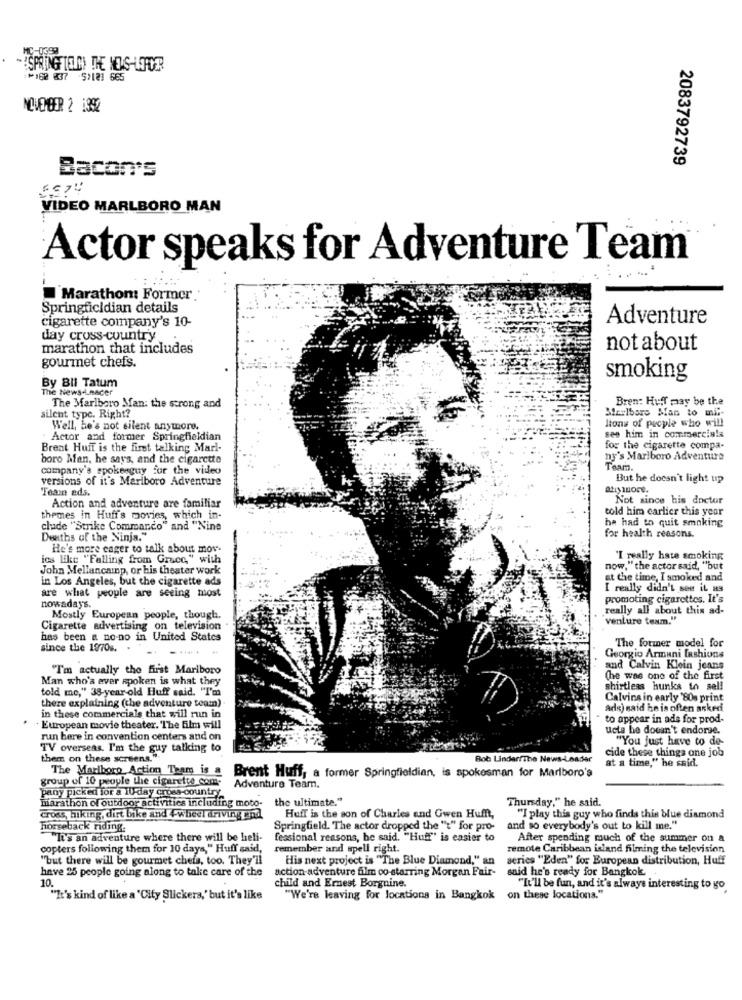
₱168 237
5)121 665
NOVEMBER 2 1392
2083792739
Bacon's
VIDEO MARLBORO MAN
Actor speaks for Adventure Team
Marathon: Former
Springficidian details
cigarette company's 10-
Adventure
day cross-country
marathon that includes
not about
gourmet chefs.
By Bli Tatum
smoking
The News-Lnacer
Bren: Huff may be the
The Marlboro Man: the strong and
Maulbars Man to mil-
silent type. Right?
lions of people who will
Well, he's not silent anymore.
Actor and former Springfieldian
see him in commercials
Brent Huff is the first talking Marl-
for the cigarette compa-
boro Man. he says, and the cigarette
ny's Marlboro Adventure
company's spokesguy for the video
Team.
versions of it's Mariboro Adventure
But he doesn't light up
Team ads.
atışmore.
Not since his doctor
Action and adventure are familiar
told him earlier this year
themes in Huff's movies, which in-
ha had to quit smoking
clude "Strike Commando" and "Nine
Deaths of the Ninja."
for health reasons.
He's more eager to talk about mov-
ics like "Falling from Grace," with
"I really hate smoking
John Mellancamp, or his theater work
now," the actor said, "but
in Los Angeles, but the cigarette ads
at the time, I smoked and
I really didn't see it as
are what people are seeing most
nowadays.
promoting cigarettes. It's
really all about this ad-
Mostly European people, though.
venture team."
Cigarette advertising on television
has been a no-no in United States
The former model for
since the 1970s.
Georgio Armani Iashions
"I'm actually the first Marlboro
and Calvin Klein jeans
Man who's ever spoken is what they
(he was one of the first
told me," 38-year-old Huff said. "I'm
shirtless hunks to sell
there explaining (che adventure team)
Calvins in early '80s print
ads) said he is often asked
in these commercials that will run in
to appear in ade for prod-
· European movie theater. "The film will
ucts he doesn't endorse.
run here in convention centers and on
"You just have to de-
TV overseas. I'm the guy talking to
cide these things one job
them on these screens."
Bob LindarfThe News-Leader
at a time," he said.
group of 10 people the cigarette com-
The Marlboro Action Team is a Brent Huff, a former Springfieldian, is spokesman for Marlboro's
Pany picked for a 10-day cross-country
Adventure Team.
Marathon of outdoor activities including moto- the ultimate."
Thursday," he said.
cross, hiking, dirt bike and +-wheel driving und
Huff is the son of Charles and Gwen Huff,
"I play this guy who finds this blue diamond
horseback riding.
Springfield. The actor dropped the "t" for pro-
and so everybody's out to kill me."
"It's an adventure where there will be heli-
fessional reasons, he said. "Huff" is easier to
After spending much of the summer on a
copters following them for 10 days," Huff said,
remember and spell right.
remote Caribbean island filming the television
"but there will be gourmet chefs, too. They'll
His next project is "The Blue Diamond," an
series "Eden" for European distribution, Huff
have 25 people going along to take care of the
action-adventure film oo starring Morgan Fair-
said he's ready for Bangkok.
10.
child and Ernest Borgnine.
"It'll be fun, and it's always interesting to go
"It's kind of like a "City Slickers,' but it's like
"We're leaving for locations in Bangkok
on these locations."